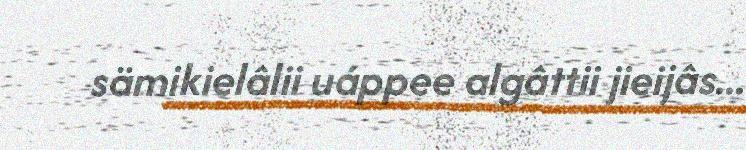
sämikielâlii uáppee algâttii jieijâs...